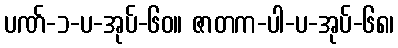
ပဏ်-၁-ပ-အုပ်-၆၀။ ဇာတက-ပါ-ပ-အုပ်-၆၈၊